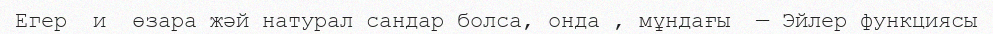
Егер  и  өзара жәй натурал сандар болса, онда , мұндағы  — Эйлер функциясы